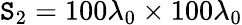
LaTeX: \mathtt{S}_{2}=100\lambda_{0}\times100\lambda_{0}